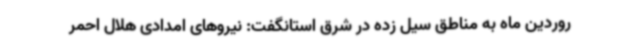
روردین ماه به مناطق سیل زده در شرق استانگفت: نیروهای امدادی هلال احمر